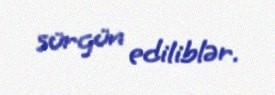
sürgün ediliblər.